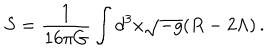
LaTeX: S = \frac { 1 } { 1 6 \pi G } \int d ^ { 3 } x \sqrt { - g } ( R - 2 \Lambda ) \, .